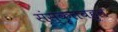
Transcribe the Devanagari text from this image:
संस्कृतबहुल